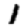
Digit: 1